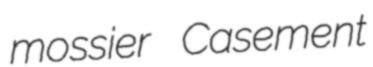
mossier Casement